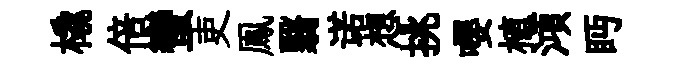
橇倍蠻吏鳯翳诺想挑嚶植澒眄